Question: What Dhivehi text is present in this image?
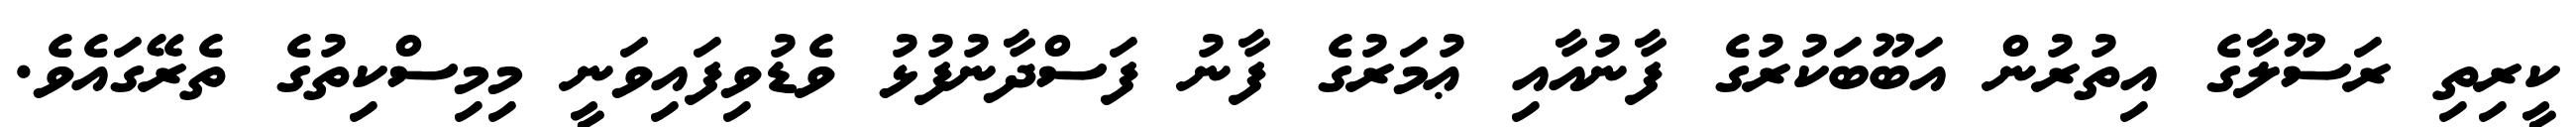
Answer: ކީރިތި ރަސޫލާގެ އިތުރުން އަބޫބަކުރުގެ ފާނުއާއި ޢުމަރުގެ ފާނު ފަސްދާނުފުޅު ވެޑުވިފައިވަނީ މިމިސްކިތުގެ ތެރޭގައެވެ.